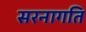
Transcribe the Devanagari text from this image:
सरनागति